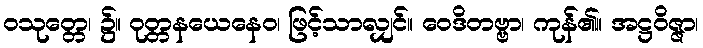
ဝသုတ္တေ၊ ၌။ ဝုတ္တနယေနေဝ၊ ဖြင့်သာလျှင်။ ဝေဒိတဗ္ဗာ၊ ကုန်၏။ အဋ္ဌဝိဇ္ဇာ၊